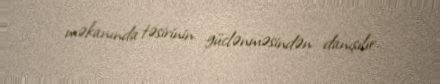
məkanında təsirinin güclənməsindən danışılır.